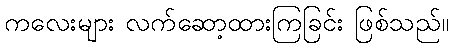
ကလေးများ လက်ဆော့ထားကြခြင်း ဖြစ်သည်။